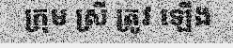
ក្រុម ស្រី ត្រូវ ឡើង